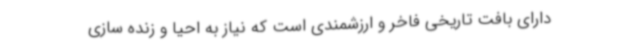
دارای بافت تاریخی فاخر و ارزشمندی است که نیاز به احیا و زنده سازی